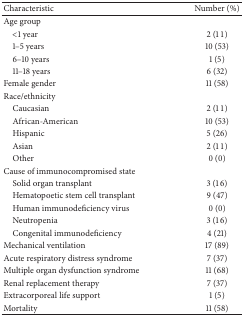
<table><thead><tr><td><b>Characteristic</b></td><td><b>Number (%)</b></td></tr></thead><tbody><tr><td>Age group</td><td> </td></tr><tr><td> &lt;1 year</td><td>2 (11)</td></tr><tr><td> 1–5 years</td><td>10 (53)</td></tr><tr><td> 6–10 years</td><td>1 (5)</td></tr><tr><td> 11–18 years</td><td>6 (32)</td></tr><tr><td>Female gender</td><td>11 (58)</td></tr><tr><td>Race/ethnicity</td><td> </td></tr><tr><td> Caucasian </td><td>2 (11)</td></tr><tr><td> African-American </td><td>10 (53)</td></tr><tr><td> Hispanic</td><td>5 (26)</td></tr><tr><td> Asian</td><td>2 (11)</td></tr><tr><td> Other</td><td>0 (0)</td></tr><tr><td>Cause of immunocompromised state</td><td> </td></tr><tr><td> Solid organ transplant</td><td>3 (16)</td></tr><tr><td> Hematopoetic stem cell transplant</td><td>9 (47)</td></tr><tr><td> Human immunodeficiency virus</td><td>0 (0)</td></tr><tr><td> Neutropenia</td><td>3 (16)</td></tr><tr><td> Congenital immunodeficiency </td><td>4 (21)</td></tr><tr><td>Mechanical ventilation</td><td>17 (89)</td></tr><tr><td>Acute respiratory distress syndrome</td><td>7 (37)</td></tr><tr><td>Multiple organ dysfunction syndrome</td><td>11 (68)</td></tr><tr><td>Renal replacement therapy</td><td>7 (37)</td></tr><tr><td>Extracorporeal life support</td><td>1 (5)</td></tr><tr><td>Mortality</td><td>11 (58)</td></tr></tbody></table>